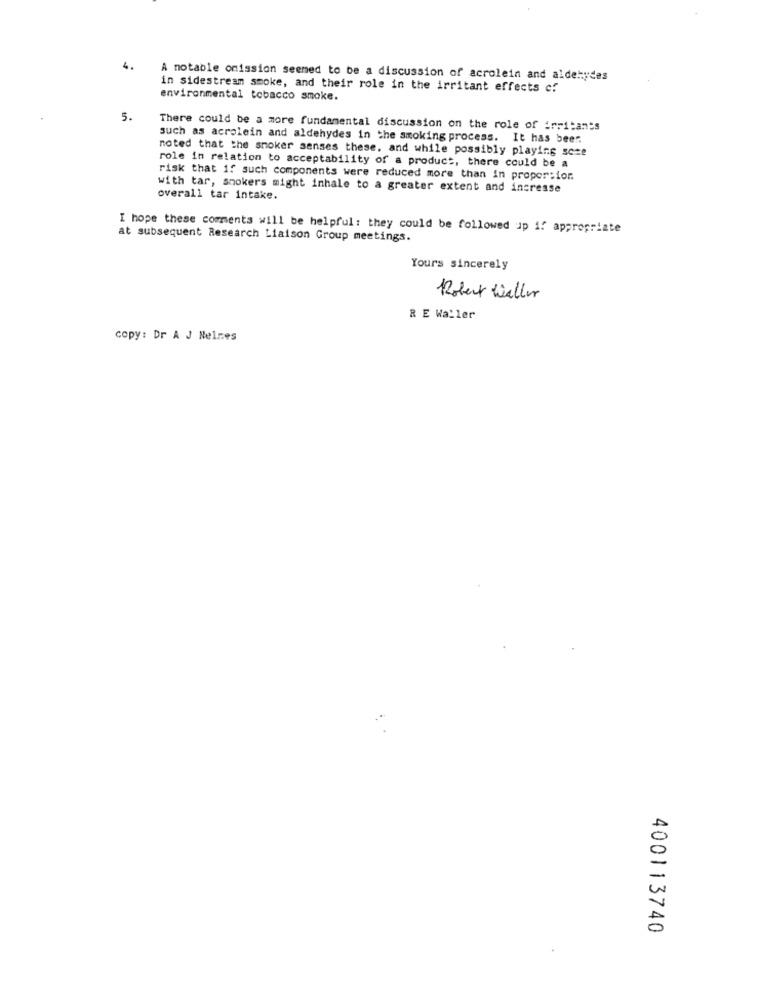
4.
A notable omission seemed to be a discussion of acrolein and aldehydes
in sidestream smoke, and their role in the irritant effects ef
environmental tobacco smoke.
5.
There could be a more fundamental discussion on the role of irritants
such as acrolein and aldehydes in the smoking process. It has beer.
noted that the smoker senses these, and while possibly playing scze
role in relation to acceptability of a product, there could be a
risk that if such components were reduced more than in proportion
with tar, smokers might inhale to a greater extent and increase
overall tar intake.
I hope these comments will be helpful: they could be followed up if appropriate
at subsequent Research Liaison Group meetings.
Yours sincerely
Robert Waller
R E Waller
copy: Dr A J Nelnes
400113740